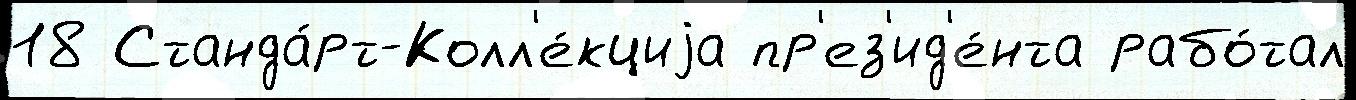
18 Станда́рт-Колл'е́кциjа пр'ез'ид'е́нта рабо́тал